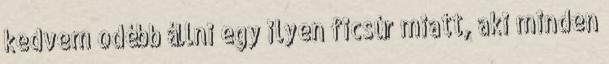
kedvem odébb állni egy ilyen ficsúr miatt, aki minden